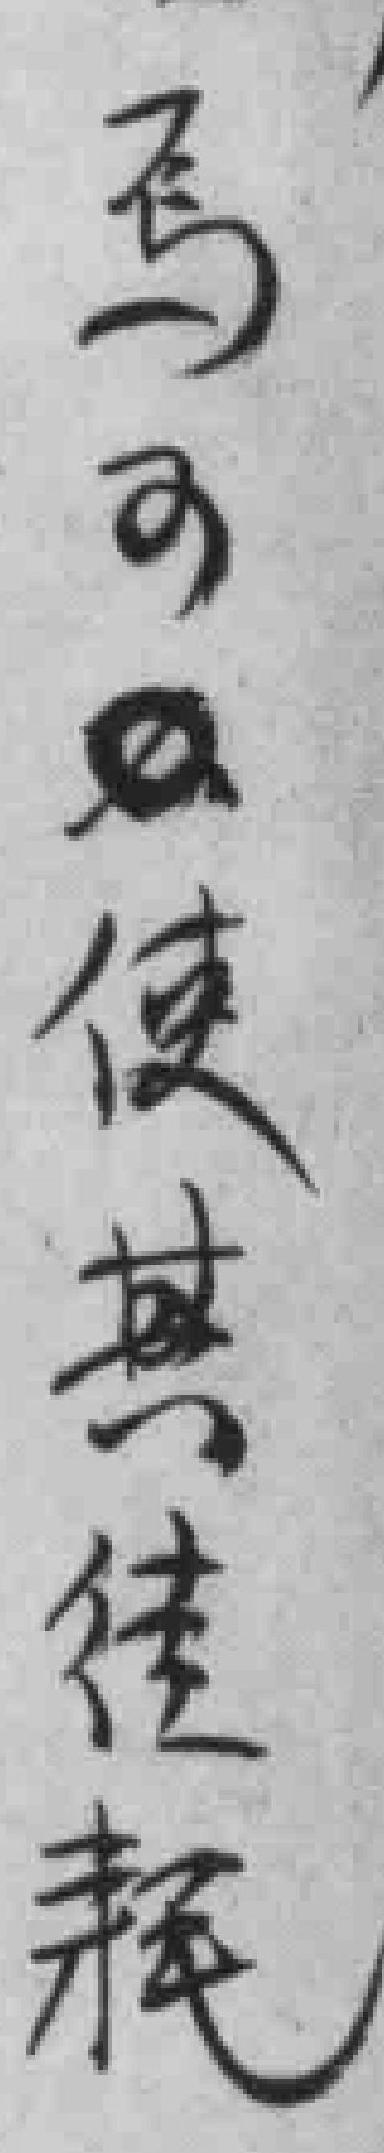
焉可*使其徒耗